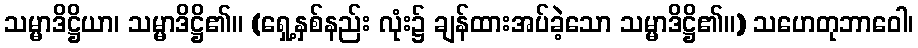
သမ္မာဒိဋ္ဌိယာ၊ သမ္မာဒိဋ္ဌိ၏။ (ရှေ့နှစ်နည်း လုံး၌ ချန်ထားအပ်ခဲ့သော သမ္မာဒိဋ္ဌိ၏။) သဟေတုဘာဝေါ၊